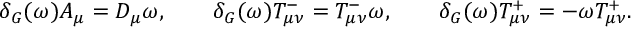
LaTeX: \delta _ { G } ( \omega ) A _ { \mu } = D _ { \mu } \omega , \qquad \delta _ { G } ( \omega ) T _ { \mu \nu } ^ { - } = T _ { \mu \nu } ^ { - } \omega , \qquad \delta _ { G } ( \omega ) T _ { \mu \nu } ^ { + } = - \omega T _ { \mu \nu } ^ { + } .